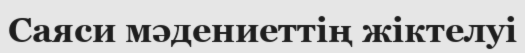
Саяси мәдениеттің жіктелуі